Preliminary report on the killing of rats and rat fleas by hydrocyanic acid gas - Number 38
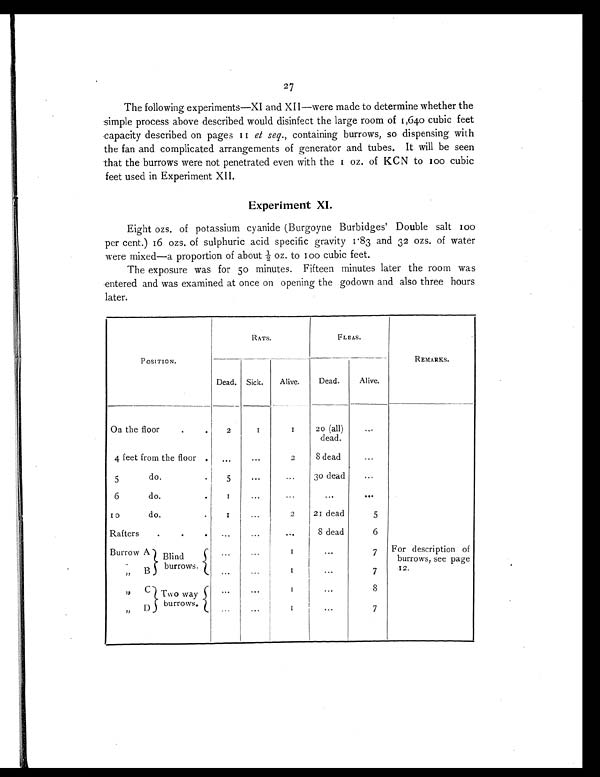
27
The following experiments—XI and XII—were made to determine whether the
simple process above described would disinfect the large room of 1,640 cubic feet
capacity described on pages 11 et seq., containing burrows, so dispensing with
the fan and complicated arrangements of generator and tubes. It will be seen
that the burrows were not penetrated even with the 1 oz. of KCN to 100 cubic
feet used in Experiment XII.
Experiment XI.
Eight ozs. of potassium cyanide (Burgoyne Burbidges' Double salt 100
per cent.) 16 ozs. of sulphuric acid specific gravity 1.83 and 32 ozs. of water
were mixed—a proportion of about ½ oz. to 100 cubic feet.
The exposure was for 50 minutes. Fifteen minutes later the room was
entered and was examined at once on opening the godown and also three hours
later.
POSITION.
RATS.
FLEAS.
REMARKS
.
Dead. Sick.
Alive.
Dead.
Alive.
On the floor
.
.
2
1
1 20 (all)
dead.
...
4 feet from the floor . ...
. . .
2
8 dead
...
5 do.
.
5
...
. . . 30 dead
. . .
6 do.
.
1
. . .
. . .
...
. . .
10 do.
.
1
...
2
21 dead
5
Rafters
.
.
. ...
...
. . .
8 dead
6
Burrow A Blind
burrows.
...
...
1
...
7 For description of
burrows, see page
12.
„ B
...
...
1
...
7
„ C Two way
burrows.
...
...
1
...
8
„ D
. . .
...
1
...
7